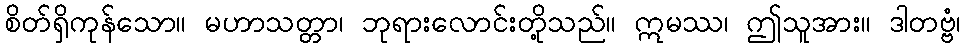
စိတ်ရှိကုန်သော။ မဟာသတ္တာ၊ ဘုရားလောင်းတို့သည်။ ဣမဿ၊ ဤသူအား။ ဒါတဗ္ဗံ၊